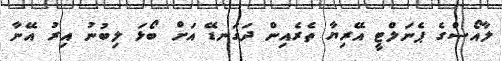
ލާއޯސްގެ ޕެނަލްޓީ އޭރިޔާ ތެރެއިން ދަގަނޑޭ އަށް ބޯޅަ ލިބުނު އިރު އޭނާ